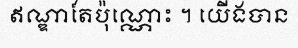
ឥណ្ឌាតែប៉ុណ្ណោះ ។ យើងបាន